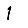
Digit: 1